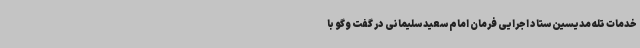
خدمات تله مدیسین ستاد اجرایی فرمان امام سعید سلیمانی در گفت وگو با